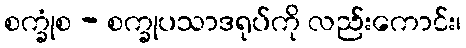
စက္ခုံစ - စက္ခုပသာဒရုပ်ကို လည်းကောင်း၊